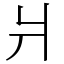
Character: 爿